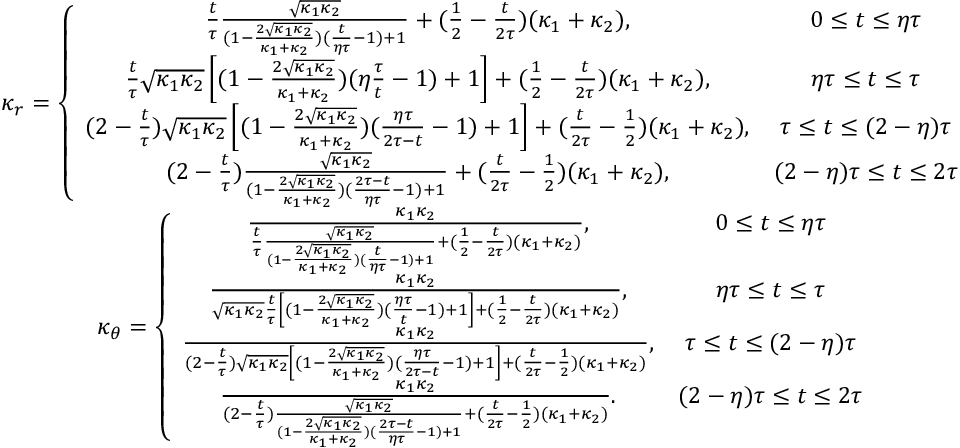
\begin{array} { c c } { \kappa _ { r } = \left\lbrace \begin{array} { c c } { \frac { t } { \tau } \frac { \sqrt { \kappa _ { 1 } \kappa _ { 2 } } } { ( 1 - \frac { 2 \sqrt { \kappa _ { 1 } \kappa _ { 2 } } } { \kappa _ { 1 } + \kappa _ { 2 } } ) ( \frac { t } { \eta \tau } - 1 ) + 1 } + ( \frac { 1 } { 2 } - \frac { t } { 2 \tau } ) ( \kappa _ { 1 } + \kappa _ { 2 } ) , } & { 0 \le t \le \eta \tau } \\ { \frac { t } { \tau } \sqrt { \kappa _ { 1 } \kappa _ { 2 } } \left[ ( 1 - \frac { 2 \sqrt { \kappa _ { 1 } \kappa _ { 2 } } } { \kappa _ { 1 } + \kappa _ { 2 } } ) ( \eta \frac { \tau } { t } - 1 ) + 1 \right] + ( \frac { 1 } { 2 } - \frac { t } { 2 \tau } ) ( \kappa _ { 1 } + \kappa _ { 2 } ) , } & { \eta \tau \le t \le \tau } \\ { ( 2 - \frac { t } { \tau } ) \sqrt { \kappa _ { 1 } \kappa _ { 2 } } \left[ ( 1 - \frac { 2 \sqrt { \kappa _ { 1 } \kappa _ { 2 } } } { \kappa _ { 1 } + \kappa _ { 2 } } ) ( \frac { \eta \tau } { 2 \tau - t } - 1 ) + 1 \right] + ( \frac { t } { 2 \tau } - \frac { 1 } { 2 } ) ( \kappa _ { 1 } + \kappa _ { 2 } ) , } & { \tau \le t \le ( 2 - \eta ) \tau } \\ { ( 2 - \frac { t } { \tau } ) \frac { \sqrt { \kappa _ { 1 } \kappa _ { 2 } } } { ( 1 - \frac { 2 \sqrt { \kappa _ { 1 } \kappa _ { 2 } } } { \kappa _ { 1 } + \kappa _ { 2 } } ) ( \frac { 2 \tau - t } { \eta \tau } - 1 ) + 1 } + ( \frac { t } { 2 \tau } - \frac { 1 } { 2 } ) ( \kappa _ { 1 } + \kappa _ { 2 } ) , } & { ( 2 - \eta ) \tau \le t \le 2 \tau } \end{array} \right. } \\ { \kappa _ { \theta } = \left\lbrace \begin{array} { c c } { \frac { \kappa _ { 1 } \kappa _ { 2 } } { \frac { t } { \tau } \frac { \sqrt { \kappa _ { 1 } \kappa _ { 2 } } } { ( 1 - \frac { 2 \sqrt { \kappa _ { 1 } \kappa _ { 2 } } } { \kappa _ { 1 } + \kappa _ { 2 } } ) ( \frac { t } { \eta \tau } - 1 ) + 1 } + ( \frac { 1 } { 2 } - \frac { t } { 2 \tau } ) ( \kappa _ { 1 } + \kappa _ { 2 } ) } , } & { 0 \le t \le \eta \tau } \\ { \frac { \kappa _ { 1 } \kappa _ { 2 } } { \sqrt { \kappa _ { 1 } \kappa _ { 2 } } \frac { t } { \tau } \left[ ( 1 - \frac { 2 \sqrt { \kappa _ { 1 } \kappa _ { 2 } } } { \kappa _ { 1 } + \kappa _ { 2 } } ) ( \frac { \eta \tau } { t } - 1 ) + 1 \right] + ( \frac { 1 } { 2 } - \frac { t } { 2 \tau } ) ( \kappa _ { 1 } + \kappa _ { 2 } ) } , } & { \eta \tau \le t \le \tau } \\ { \frac { \kappa _ { 1 } \kappa _ { 2 } } { ( 2 - \frac { t } { \tau } ) \sqrt { \kappa _ { 1 } \kappa _ { 2 } } \left[ ( 1 - \frac { 2 \sqrt { \kappa _ { 1 } \kappa _ { 2 } } } { \kappa _ { 1 } + \kappa _ { 2 } } ) ( \frac { \eta \tau } { 2 \tau - t } - 1 ) + 1 \right] + ( \frac { t } { 2 \tau } - \frac { 1 } { 2 } ) ( \kappa _ { 1 } + \kappa _ { 2 } ) } , } & { \tau \le t \le ( 2 - \eta ) \tau } \\ { \frac { \kappa _ { 1 } \kappa _ { 2 } } { ( 2 - \frac { t } { \tau } ) \frac { \sqrt { \kappa _ { 1 } \kappa _ { 2 } } } { ( 1 - \frac { 2 \sqrt { \kappa _ { 1 } \kappa _ { 2 } } } { \kappa _ { 1 } + \kappa _ { 2 } } ) ( \frac { 2 \tau - t } { \eta \tau } - 1 ) + 1 } + ( \frac { t } { 2 \tau } - \frac { 1 } { 2 } ) ( \kappa _ { 1 } + \kappa _ { 2 } ) } . } & { ( 2 - \eta ) \tau \le t \le 2 \tau } \end{array} \right. } \end{array}